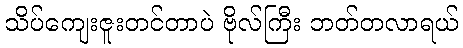
သိပ်ကျေးဇူးတင်တာပဲ ဗိုလ်ကြီး ဘတ်တလာရယ်